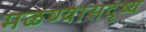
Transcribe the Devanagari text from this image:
मळण्यासदृष्य